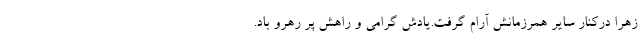
زهرا دركنار ساير همرزمانش آرام گرفت.يادش گرامي و راهش پر رهرو باد.